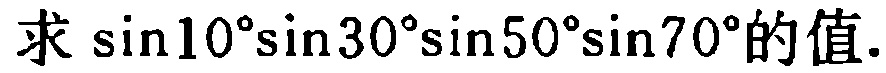
求\(\sin10^{\circ}\sin30^{\circ}\sin50^{\circ}\sin70^{\circ}\)的值.